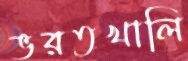
ভরতখালি